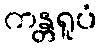
ကန္တရူပံ